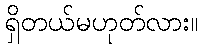
ရှိတယ်မဟုတ်လား။